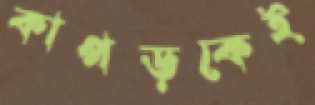
কাপড়কেই